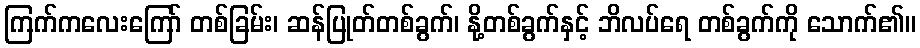
ကြက်ကလေးကြော် တစ်ခြမ်း၊ ဆန်ပြုတ်တစ်ခွက်၊ နို့တစ်ခွက်နှင့် ဘိလပ်ရေ တစ်ခွက်ကို သောက်၏။